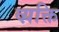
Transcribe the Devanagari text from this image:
व्य़क्ति